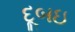
દૂબઇ